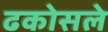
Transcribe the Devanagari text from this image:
ढकोसले